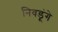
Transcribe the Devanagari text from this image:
निवडूंगे